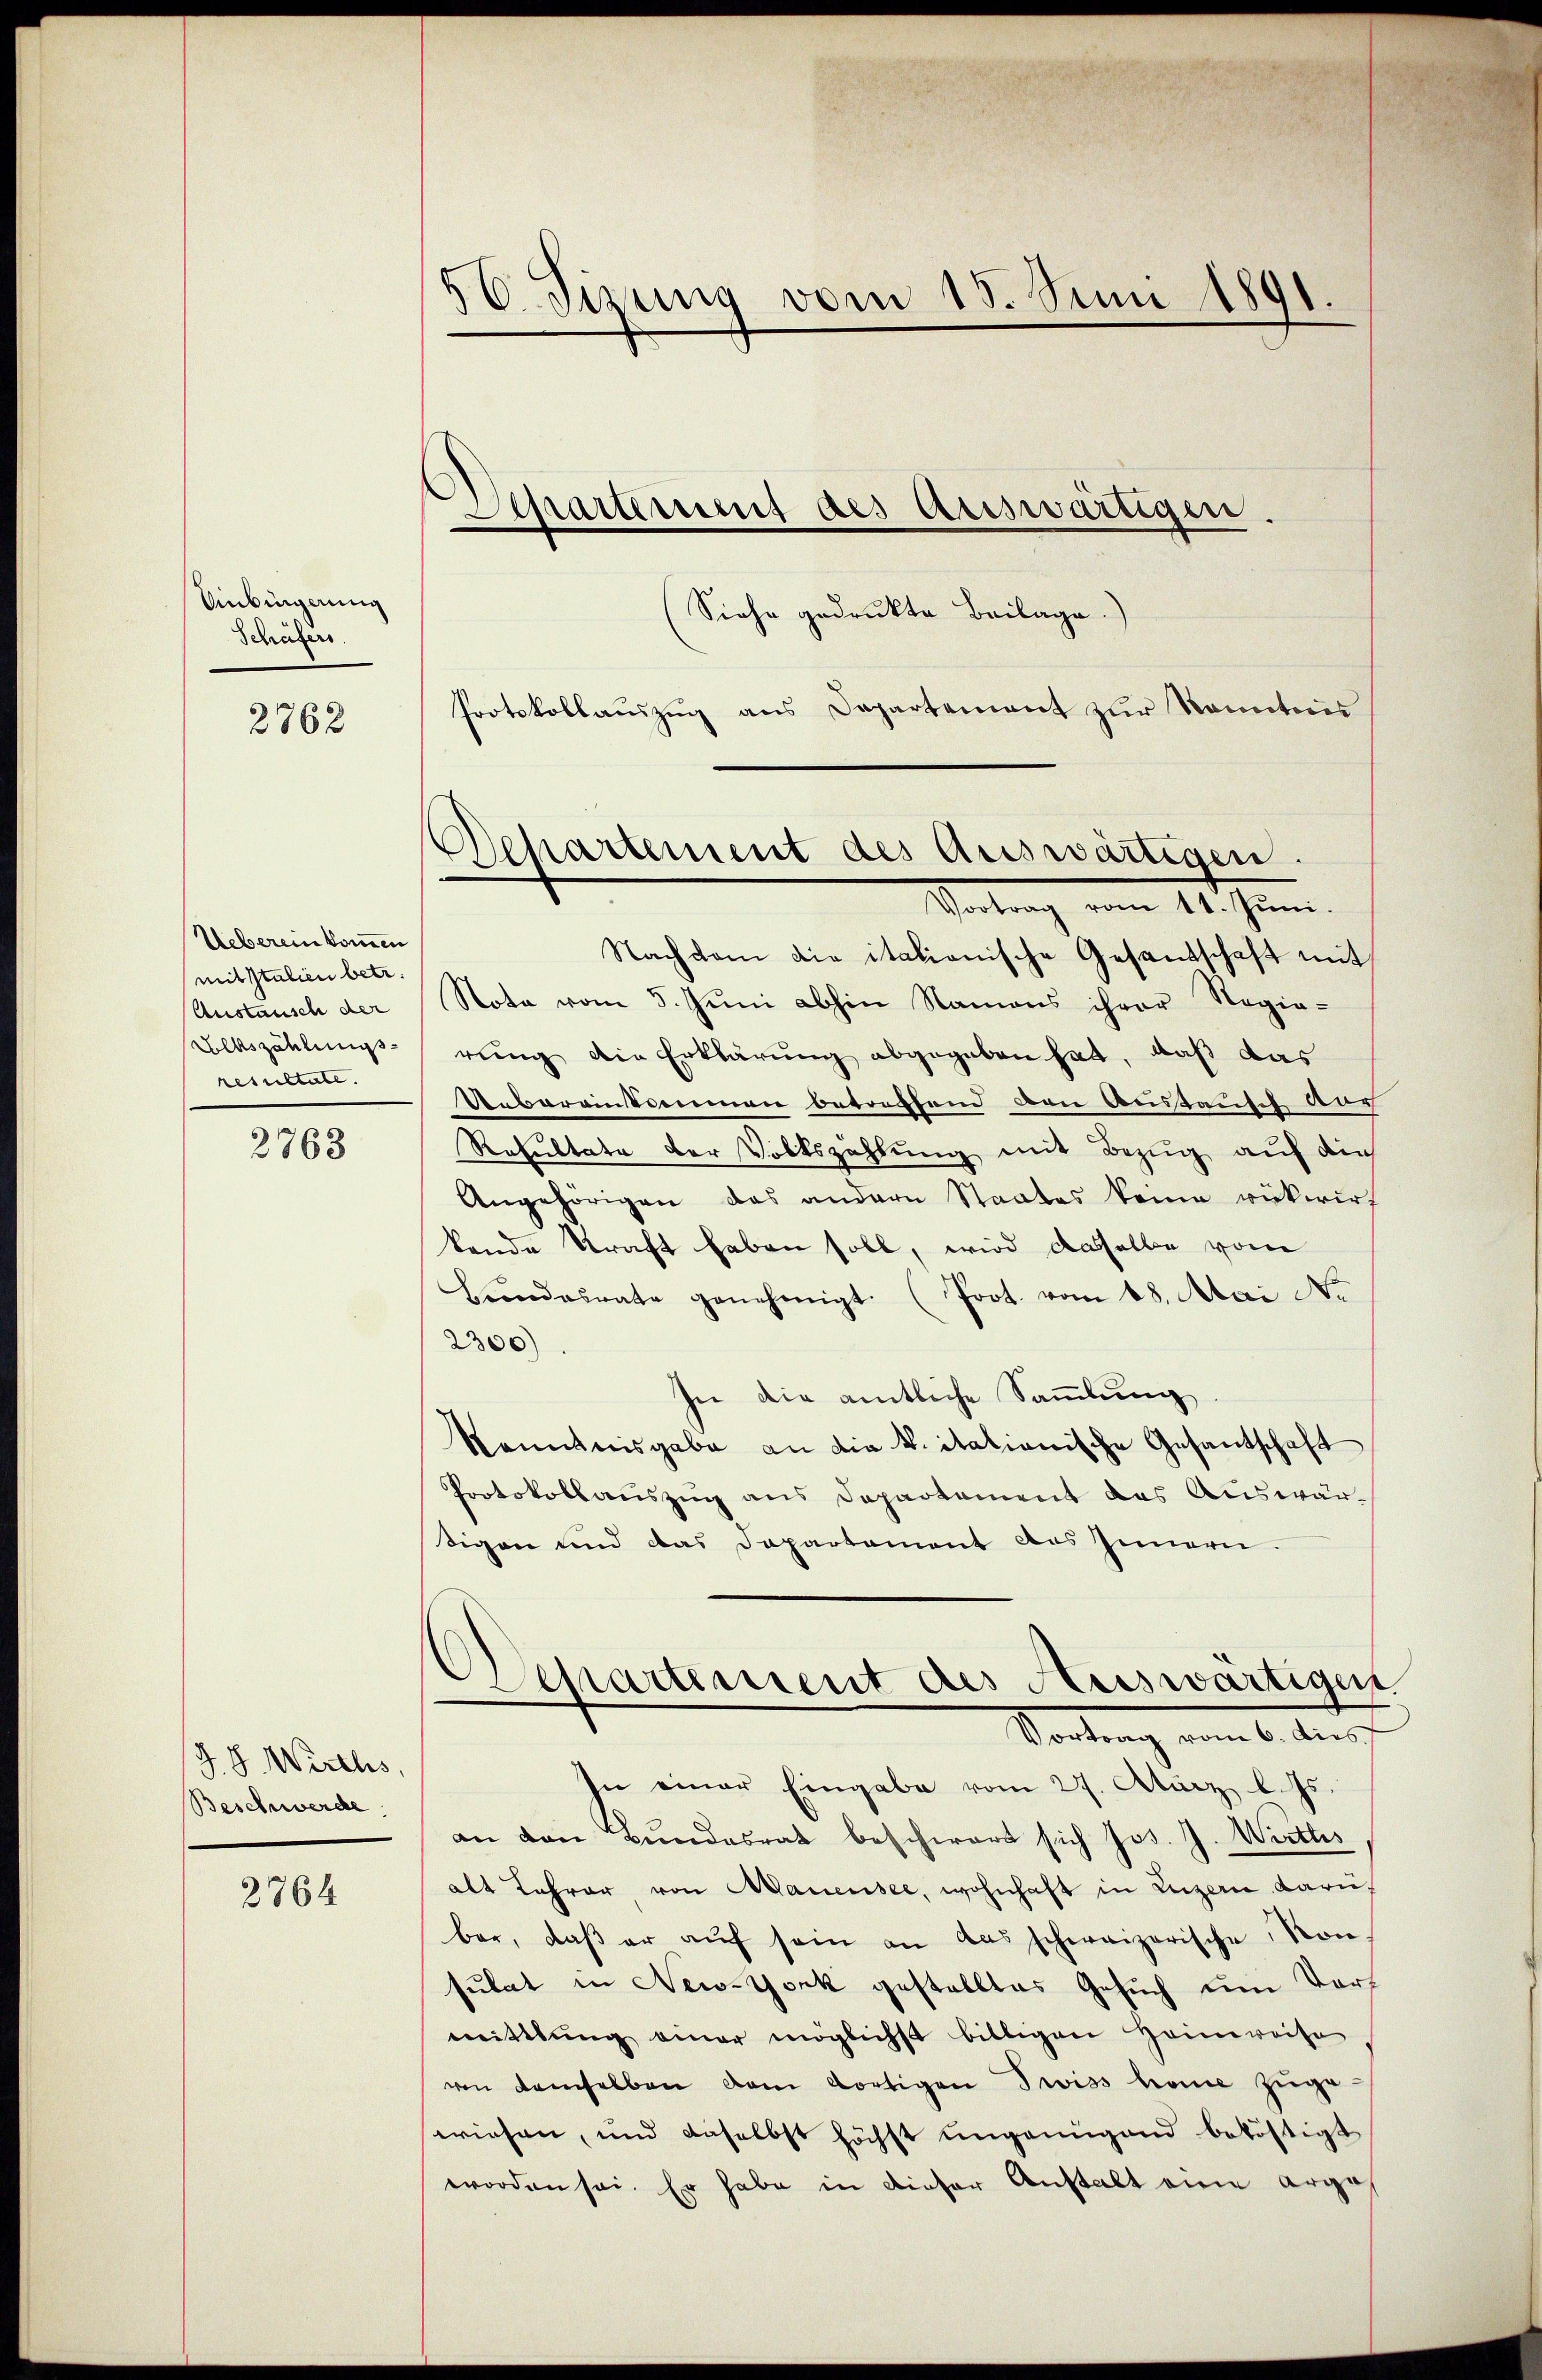
Uinkingerung
Schäfers

2762

Ueberein kommen
mit Italien betr.
Austausch der
Volkszählungsresultate.

2768

J. G. Wirths,
Beschwerde

2764

56. Sizung vom 15. Juni 1891.
Separtement des Auswärtigen.
(Siehe gedrukte Beilage)
Protokollauszug aus Departement zur Kenntnis

Nachdem die italianische Gesandschaft mit
Nota vom 5. Jŭni abhin Namens ihrer Regie-
rung die Erklärung abgegeben hat, daß das
Uebereinkommen betreffend den Austausch aus
Resultate der Volkszahlung mit Bezug auf die
Angehörigen das andern Staates keine rükwirf
kende Straft haben soll, wird dasselbe vom
Bŭndesrate genehmigt. (Prot. vom 18. Mai No
2300)
hn die amtliche Sammlung
kenntnisgabe an die k. itationische Gesantschaft
Protokollauszug aus Departement das Auswärtigen und das Departement des Innern
Departement des Auswärtigen
Vortrag vom 6. dies
In einer Eingabe vom 27. Atärz l. Js.
an von Bundesrat beschwart sich Jos. J. Wirths
alt Lehrer von Manensee, wohnhaft in Luzern Bern.
bar, daß er aŭf sein an das schweizerische, von
sulat in New-York gestelltes Gesuch um Vermittlung einer möglichst billigen Heimweise
von demselben dem dortigen Swiss home zŭge-
wiesen, und daselbst höchst ungenügend beköstigt
worden sei. Er habe in dieser Anstalt eine arges

Departement des Auswärtigen.
Vortrag vom 11. Jŭni.